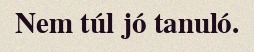
Nem túl jó tanuló.